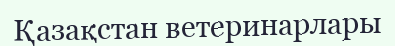
Қазақстан ветеринарлары